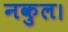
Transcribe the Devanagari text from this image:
नकुल।